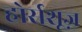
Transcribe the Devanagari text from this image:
होर्सशूज़